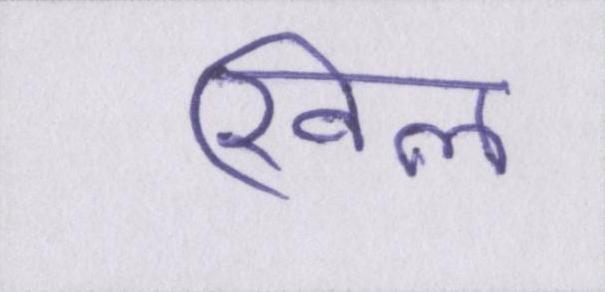
खिल